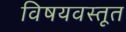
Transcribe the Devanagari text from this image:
विषयवस्तूत